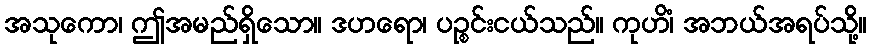
အသုကော၊ ဤအမည်ရှိသော။ ဒဟရော၊ ပဉ္စင်းငယ်သည်။ ကုဟိံ၊ အဘယ်အရပ်သို့။